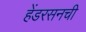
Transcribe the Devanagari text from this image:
हेंडरसनची